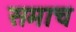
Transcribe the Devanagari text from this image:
समाच